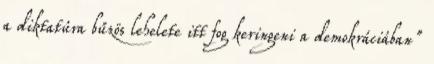
a diktatúra bűzös lehelete itt fog keringeni a demokráciában"